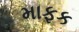
માફક